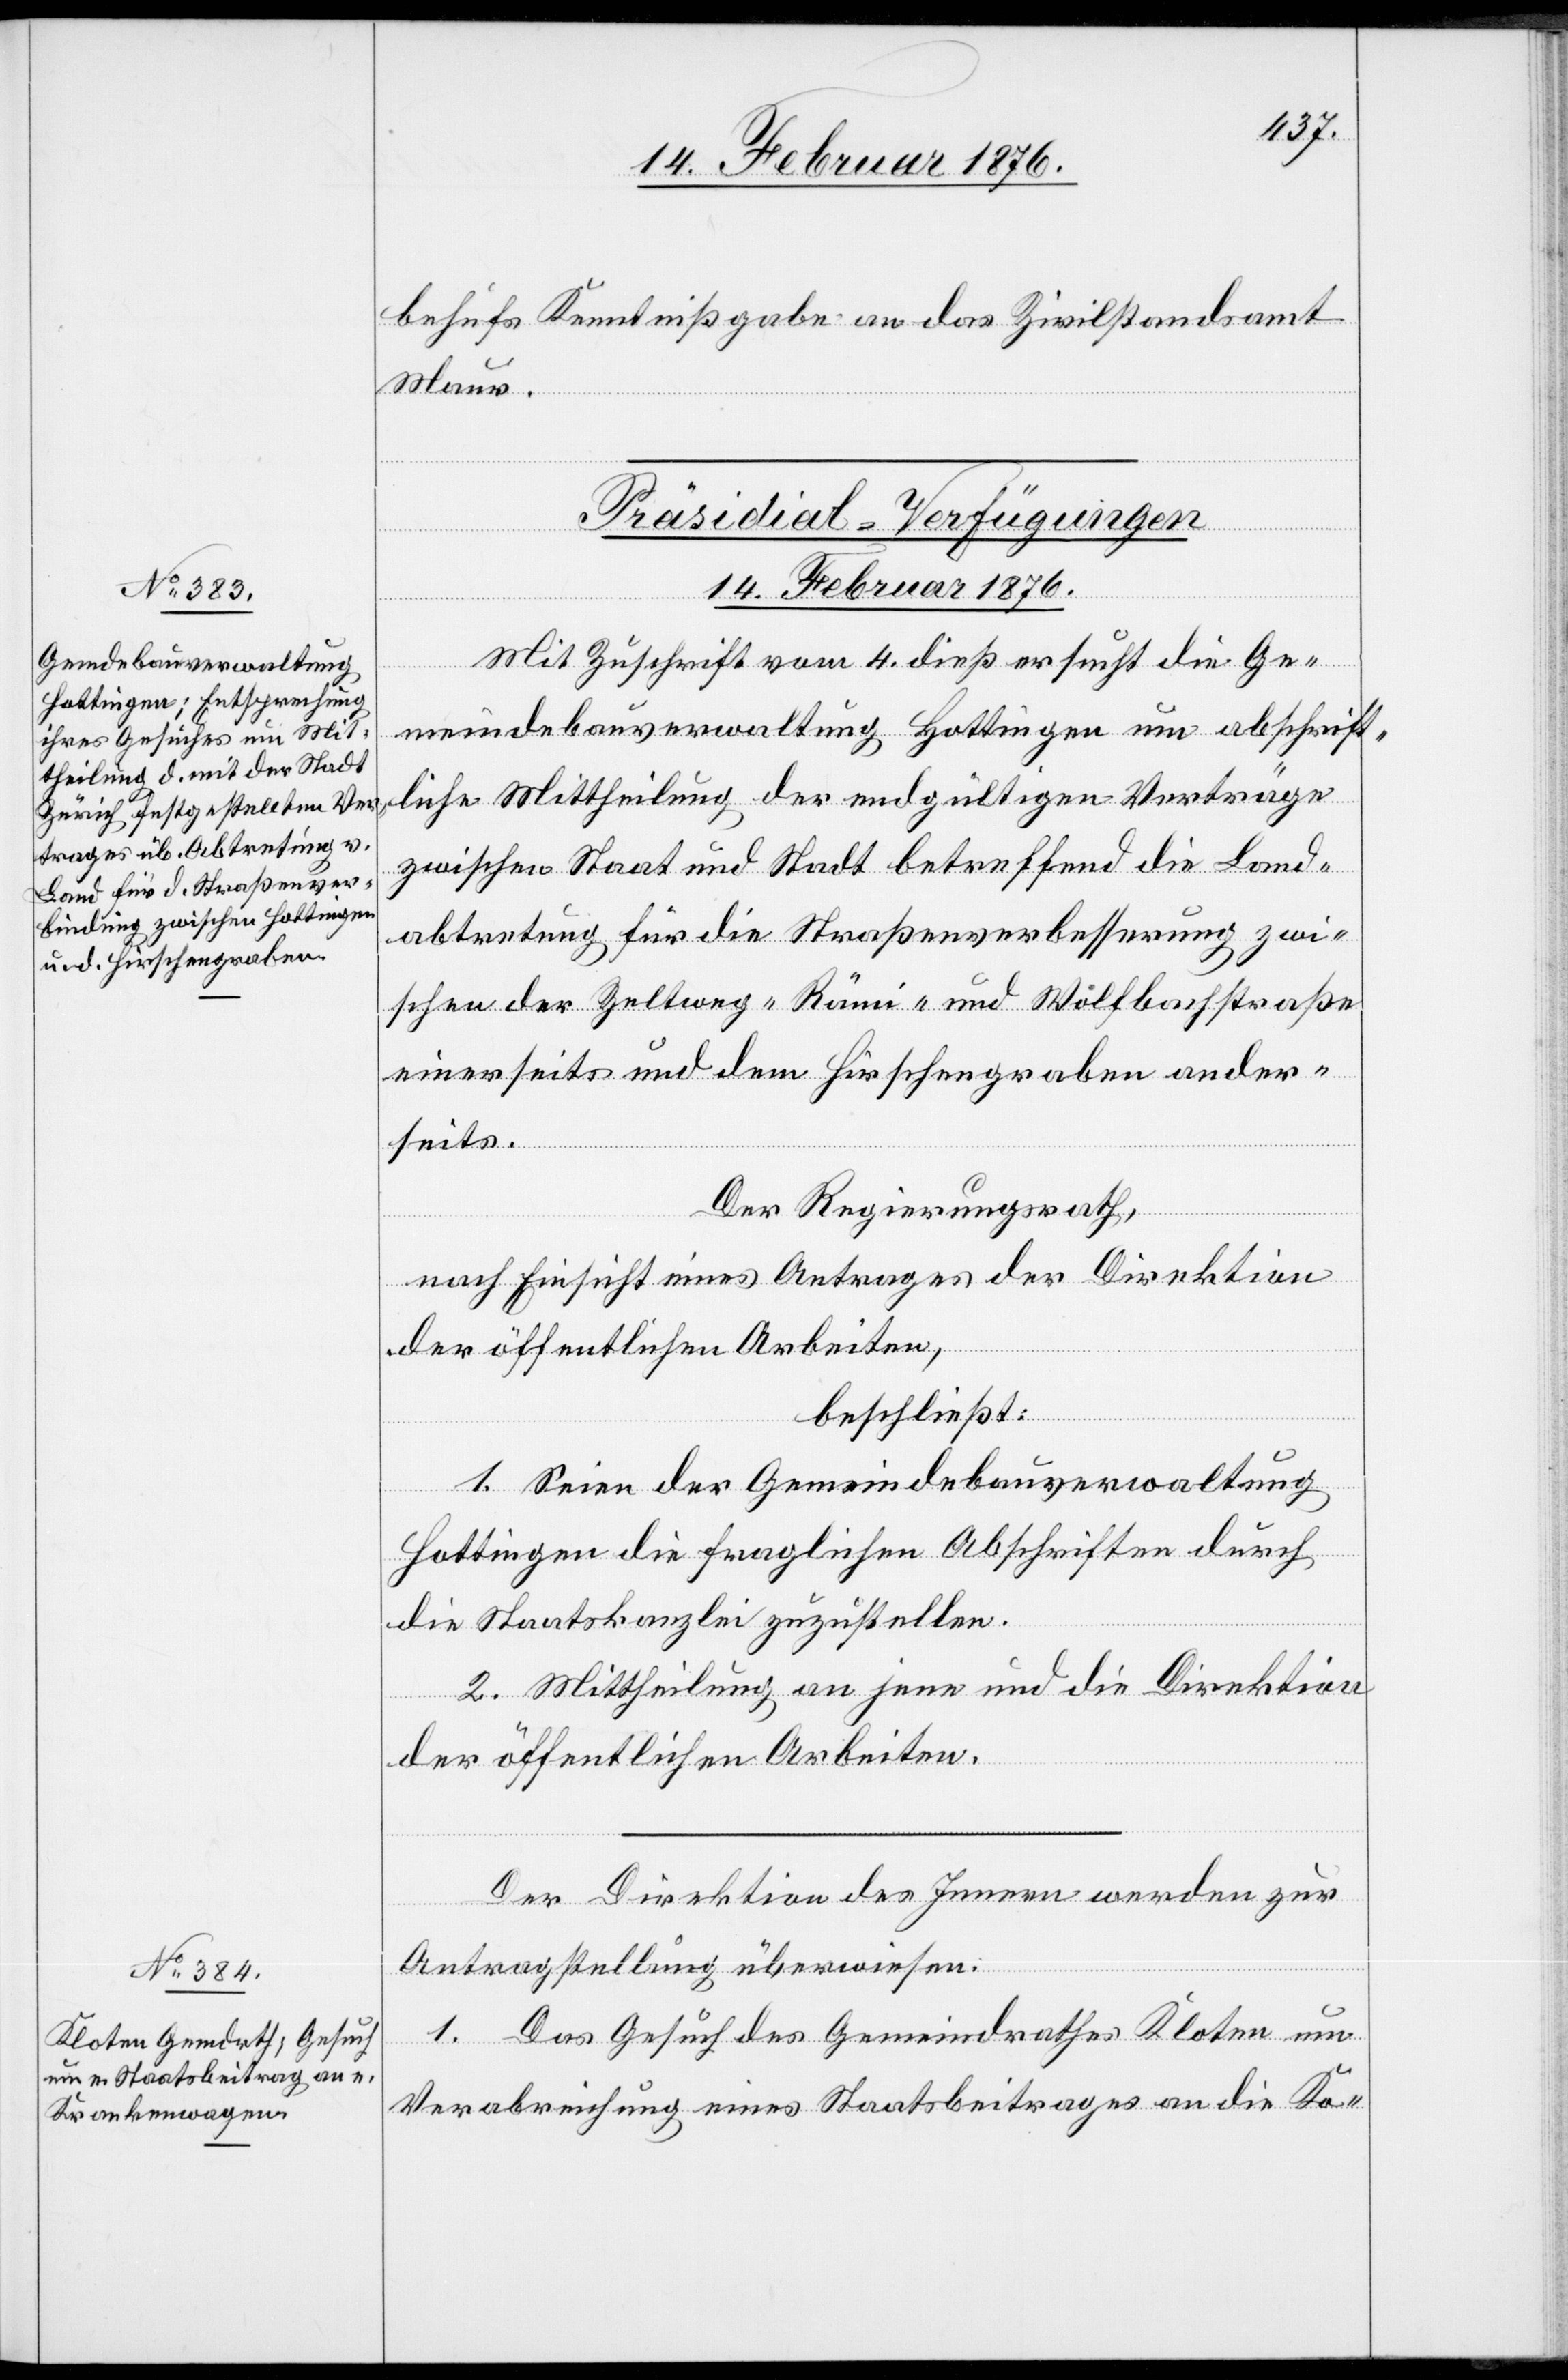
behufs Kenntnißgabe an das Zivilstandsamt
Maur.
[Präsidial-Verfügungen
14. Februar 1876.]
Mit Zuschrift vom 4. dieß ersucht die Ge¬
meindebauverwaltung Hottingen um abschrift¬
liche Mittheilung der endgültigen Verträge
zwischen Staat und Stadt betreffend die Land¬
abtretung für die Straßenverbesserung zwi¬
schen der Zeltweg-Rämi- und Wolfbachstraße
einerseits und dem Hirschengraben ander¬
seits.
Der Regierungsrath,
nach Einsicht eines Antrages der Direktion
der öffentlichen Arbeiten,
beschließt:
1. Seien der Gemeindebauverwaltung
Hottingen die fraglichen Abschriften durch
die Staatskanzlei zuzustellen.
2. Mittheilung an jene und die Direktion
der öffentlichen Arbeiten.
Der Direktion des Innern werden zur
Antragstellungüberwiesen:
1. Das Gesuch des Gemeindrathes Kloten um
Verabreichung eines Staatsbeitrages an die Ko-